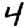
Digit: 4